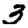
Digit: 3